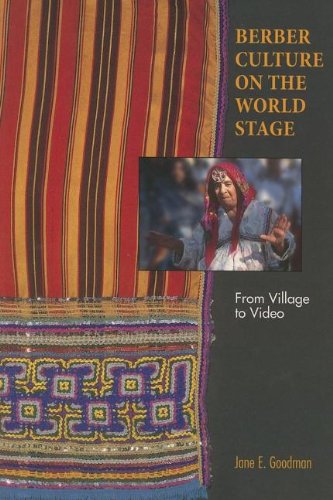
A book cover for Berber Culture on the World Stage: From Village to Video; Jane E. Goodman; History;